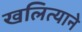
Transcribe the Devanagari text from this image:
खलित्याने